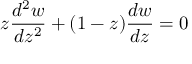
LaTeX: z { \frac { d ^ { 2 } w } { d z ^ { 2 } } } + ( 1 - z ) { \frac { d w } { d z } } = 0